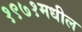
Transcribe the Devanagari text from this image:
१९७१मधील